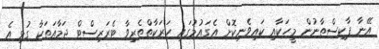
އޭނާ ޕާކިސްތާނުން މީހަކާއި ކައިވެނިކޮށް އެގައުމުގައި ހަރަކާތްތެރިވާ ޓެރަރިސްޓް ޖަމާއަތަކާ ގުޅި އެ